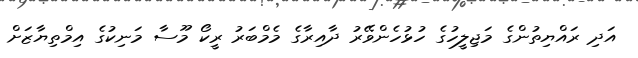
އަދި ރައްޔިތުންގެ މަޖިލީހުގެ ހުޅުހެންވޭރު ދާއިރާގެ މެމްބަރު ރީކޯ މޫސާ މަނިކުގެ އިމްތިޔާޒަށް